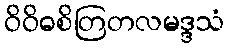
ဝိဝိဓစိတြတလမဒ္ဒသံ